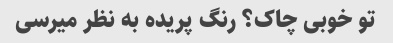
تو خوبی چاک؟ رنگ پریده به نظر میرسی